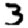
Digit: 3